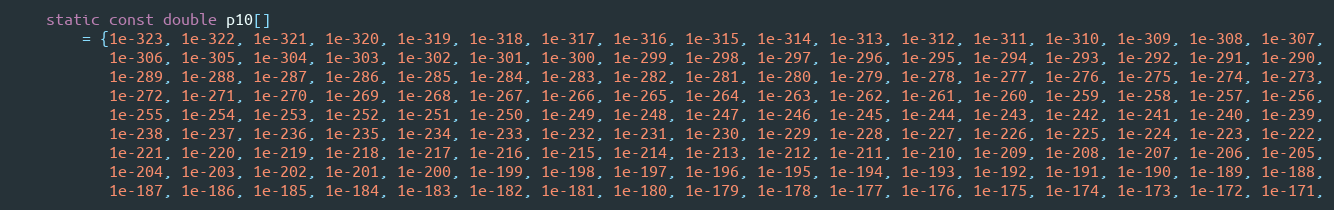
Language: C++
    static const double p10[]
        = {1e-323, 1e-322, 1e-321, 1e-320, 1e-319, 1e-318, 1e-317, 1e-316, 1e-315, 1e-314, 1e-313, 1e-312, 1e-311, 1e-310, 1e-309, 1e-308, 1e-307,
           1e-306, 1e-305, 1e-304, 1e-303, 1e-302, 1e-301, 1e-300, 1e-299, 1e-298, 1e-297, 1e-296, 1e-295, 1e-294, 1e-293, 1e-292, 1e-291, 1e-290,
           1e-289, 1e-288, 1e-287, 1e-286, 1e-285, 1e-284, 1e-283, 1e-282, 1e-281, 1e-280, 1e-279, 1e-278, 1e-277, 1e-276, 1e-275, 1e-274, 1e-273,
           1e-272, 1e-271, 1e-270, 1e-269, 1e-268, 1e-267, 1e-266, 1e-265, 1e-264, 1e-263, 1e-262, 1e-261, 1e-260, 1e-259, 1e-258, 1e-257, 1e-256,
           1e-255, 1e-254, 1e-253, 1e-252, 1e-251, 1e-250, 1e-249, 1e-248, 1e-247, 1e-246, 1e-245, 1e-244, 1e-243, 1e-242, 1e-241, 1e-240, 1e-239,
           1e-238, 1e-237, 1e-236, 1e-235, 1e-234, 1e-233, 1e-232, 1e-231, 1e-230, 1e-229, 1e-228, 1e-227, 1e-226, 1e-225, 1e-224, 1e-223, 1e-222,
           1e-221, 1e-220, 1e-219, 1e-218, 1e-217, 1e-216, 1e-215, 1e-214, 1e-213, 1e-212, 1e-211, 1e-210, 1e-209, 1e-208, 1e-207, 1e-206, 1e-205,
           1e-204, 1e-203, 1e-202, 1e-201, 1e-200, 1e-199, 1e-198, 1e-197, 1e-196, 1e-195, 1e-194, 1e-193, 1e-192, 1e-191, 1e-190, 1e-189, 1e-188,
           1e-187, 1e-186, 1e-185, 1e-184, 1e-183, 1e-182, 1e-181, 1e-180, 1e-179, 1e-178, 1e-177, 1e-176, 1e-175, 1e-174, 1e-173, 1e-172, 1e-171,